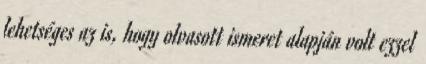
lehetséges az is, hogy olvasott ismeret alapján volt ezzel